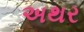
અથર